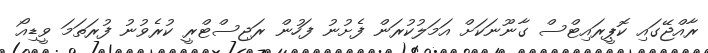
ރާއްޖޭގައި ކޮޕީރައިޓްސް ގާނޫނަކަށް އަމަލުކުރަން ފެށުނު ފަހުން ރަޖިސްޓްރީ ކުރެވުނު ފުރަތަމަ ވީޑިއޯ